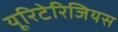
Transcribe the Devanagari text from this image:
यूरिटेरिजियस